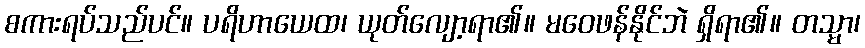
စကားရပ်သည်ပင်။ ပရိဟာယေထ၊ ယုတ်လျော့ရာ၏။ မဝေဖန်နိုင်ဘဲ ရှိရာ၏။ တသ္မာ၊